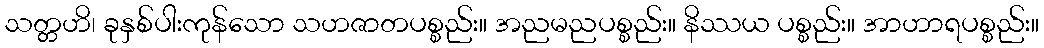
သတ္တဟိ၊ ခုနှစ်ပါးကုန်သော သဟဇာတပစ္စည်း။ အညမညပစ္စည်း။ နိဿယ ပစ္စည်း။ အာဟာရပစ္စည်း။